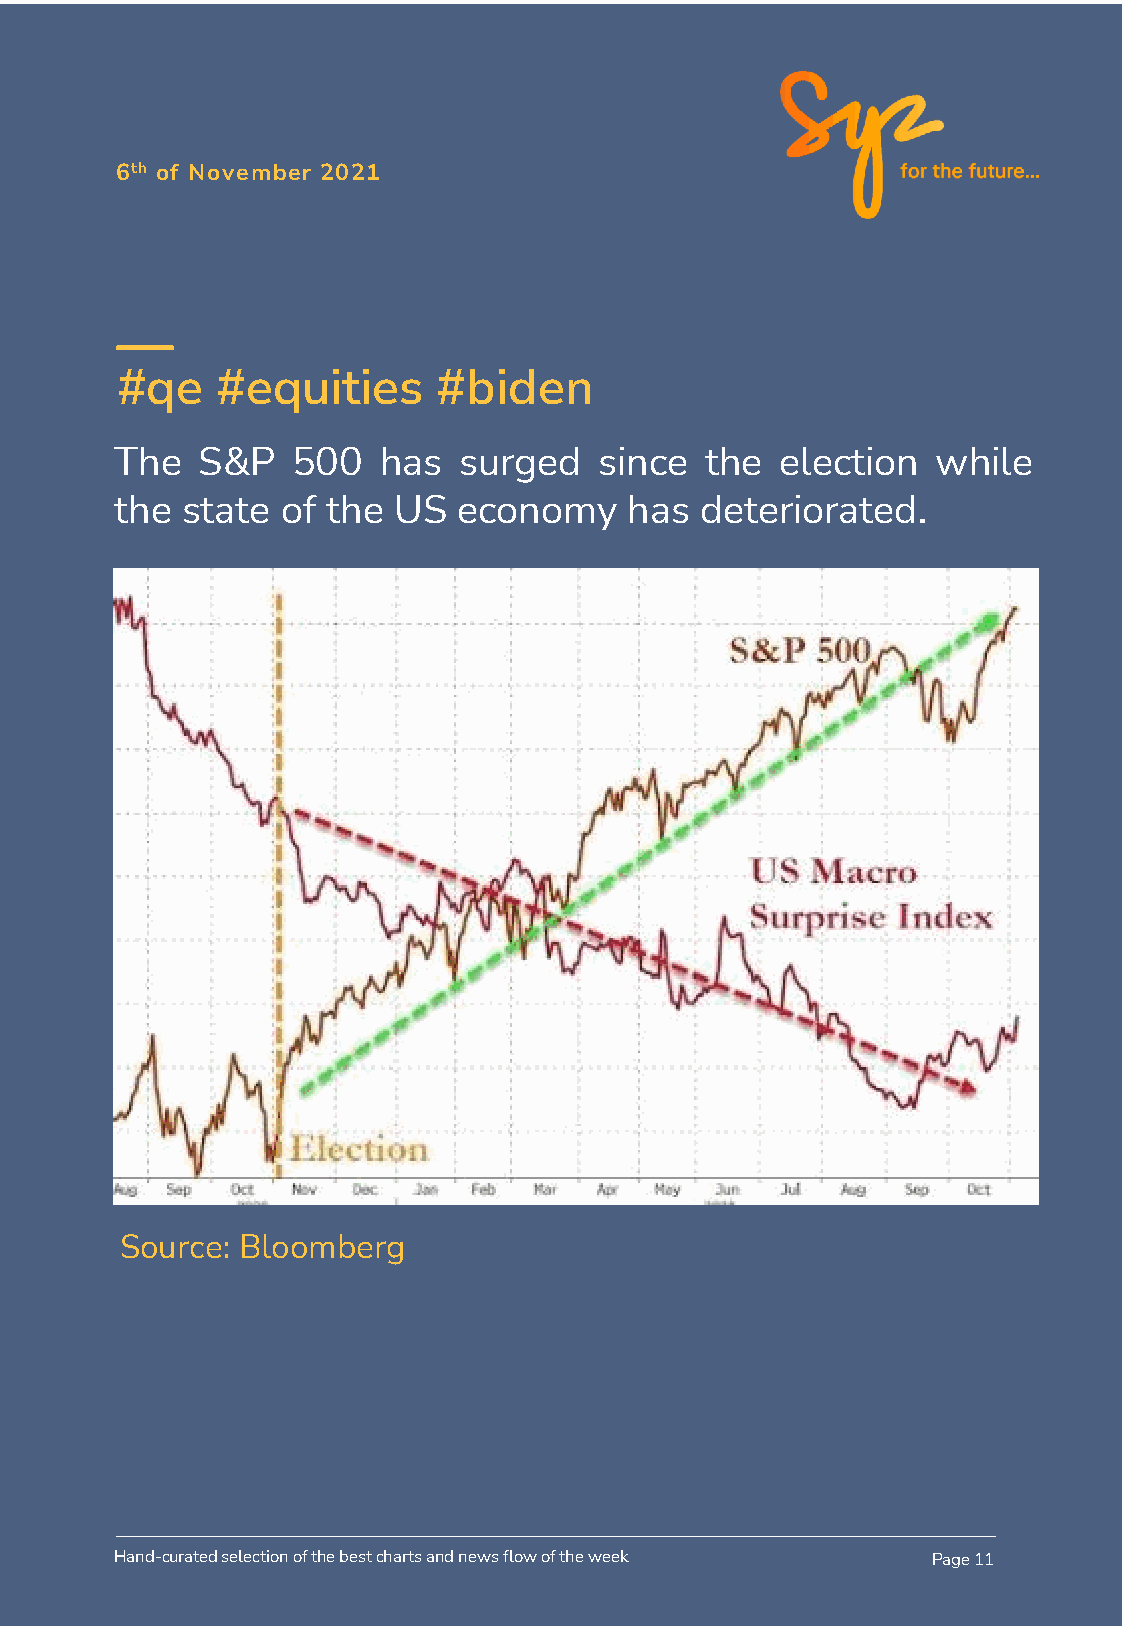
6th of November 2021
 #qe   #equities      #biden
 The  S&P   500   has  surged    since  the  election  while
 the state  of the US  economy     has deteriorated.
 Source: Bloomberg
 Hand-curated selection of the best charts and news flow of the week Page 11